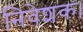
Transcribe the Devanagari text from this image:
निवेशक।